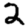
Digit: 2